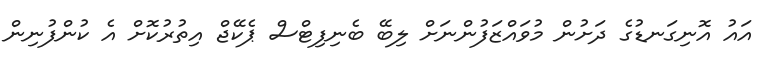
އައު އޮނިގަނޑުގެ ދަށުން މުވައްޒަފުންނަށް ލިބޭ ބެނިފިޓްސް ޕެކޭޖް އިތުރުކޮށް އެ ކުންފުނިން